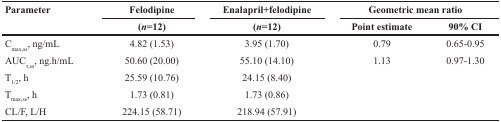
<table><thead><tr><td><b>Parameter</b></td><td><b>Felodipine</b></td><td><b>Enalapril+felodipine</b></td><td colspan="2"><b>Geometric mean ratio</b></td></tr><tr><td></td><td><b>(<i>n</i>=12)</b></td><td><b>(<i>n</i>=12)</b></td><td><b>Point estimate</b></td><td><b>90% CI</b></td></tr></thead><tbody><tr><td>C<sub>max,ss</sub>, ng/mL</td><td>4.82 (1.53)</td><td>3.95 (1.70)</td><td>0.79</td><td>0.65-0.95</td></tr><tr><td>AUC<sub>τ,ss</sub>, ng.h/mL</td><td>50.60 (20.00)</td><td>55.10 (14.10)</td><td>1.13</td><td>0.97-1.30</td></tr><tr><td>T<sub>1/2</sub>, h</td><td>25.59 (10.76)</td><td>24.15 (8.40)</td><td></td><td></td></tr><tr><td>T<sub>max,ss</sub>, h</td><td>1.73 (0.81)</td><td>1.73 (0.86)</td><td></td><td></td></tr><tr><td>CL/F, L/H</td><td>224.15 (58.71)</td><td>218.94 (57.91)</td><td></td><td></td></tr></tbody></table>